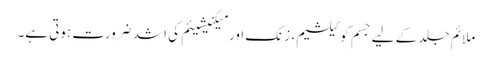
ملائم جلد کے لیے جسم کو کیلشیم، زنک اور میگنیشیئم کی اشد ضرورت ہوتی ہے۔